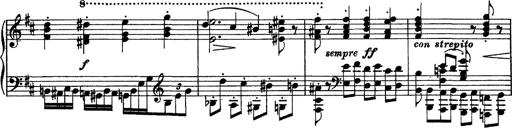
Title: Piano Sonata
Composer: Karl HÃ¤ssler
Key: C major